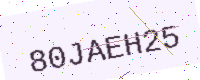
Text: 80JAEH25